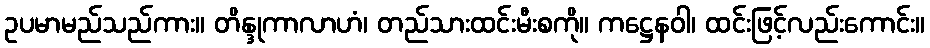
ဥပမာမည်သည်ကား။ တိန္ဒုကာလာဟံ၊ တည်သားထင်းမီးစကို။ ကဋ္ဌေနဝါ၊ ထင်းဖြင့်လည်းကောင်း။